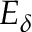
E _ { \delta }